Notes on vaccination in the North-West Frontier Province 1923-1928 - 1923-1928
Year: 1923
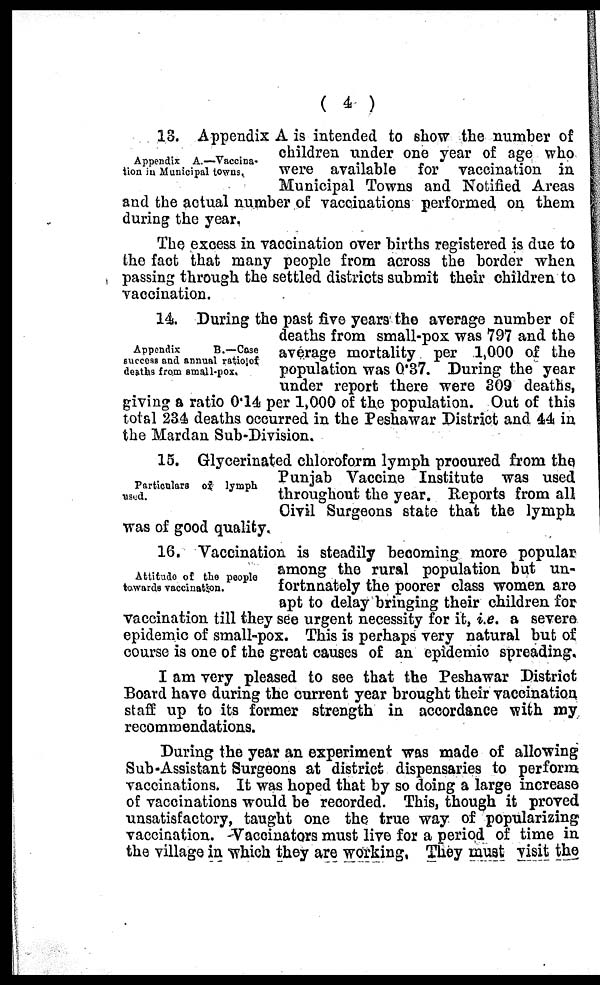
( 4 )
Appendix A.—Vaccina-
tion in Municipal towns.
13. Appendix A is intended to show the number of
children under one year of age who
were available for vaccination in
Municipal Towns and Notified Areas
and the actual number of vaccinations performed on them
during the year.
The excess in vaccination over births registered is due to
the fact that many people from across the border when
passing through the settled districts submit their children to
vaccination.
Appendix
B.—Case
success and annual ratio of
deaths from small-pox.
14. During the past five years the average number of
deaths from small-pox was 797 and the
average mortality per 1,000 of the
population was 0.37. During the year
under report there were 309 deaths,
giving a ratio 0.14 per 1,000 of the population. Out of this
total 234 deaths occurred in the Peshawar District and 44 in
the Mardan Sub-Division.
Particulars of lymph
used.
15. Glycerinated chloroform lymph procured from the
Punjab Vaccine Institute was used
throughout the year. Reports from all
Civil Surgeons state that the lymph
was of good quality.
Attitude of the people
towards vaccination.
16. Vaccination is steadily becoming more popular
among the rural population but un-
fortnnately the poorer class women are
apt to delay bringing their children for
vaccination till they see urgent necessity for it, i.e. a severe
epidemic of small-pox. This is perhaps very natural but of
course is one of the great causes of an epidemic spreading.
I am very pleased to see that the Peshawar District
Board have during the current year brought their vaccination
staff up to its former strength in accordance with my
recommendations.
During the year an experiment was made of allowing
Sub-Assistant Surgeons at district dispensaries to perform
vaccinations. It was hoped that by so doing a large increase
of vaccinations would be recorded. This, though it proved
unsatisfactory, taught one the true way of popularizing
vaccination. Vaccinators must live for a period of time in
the village in which they are working. They must visit the